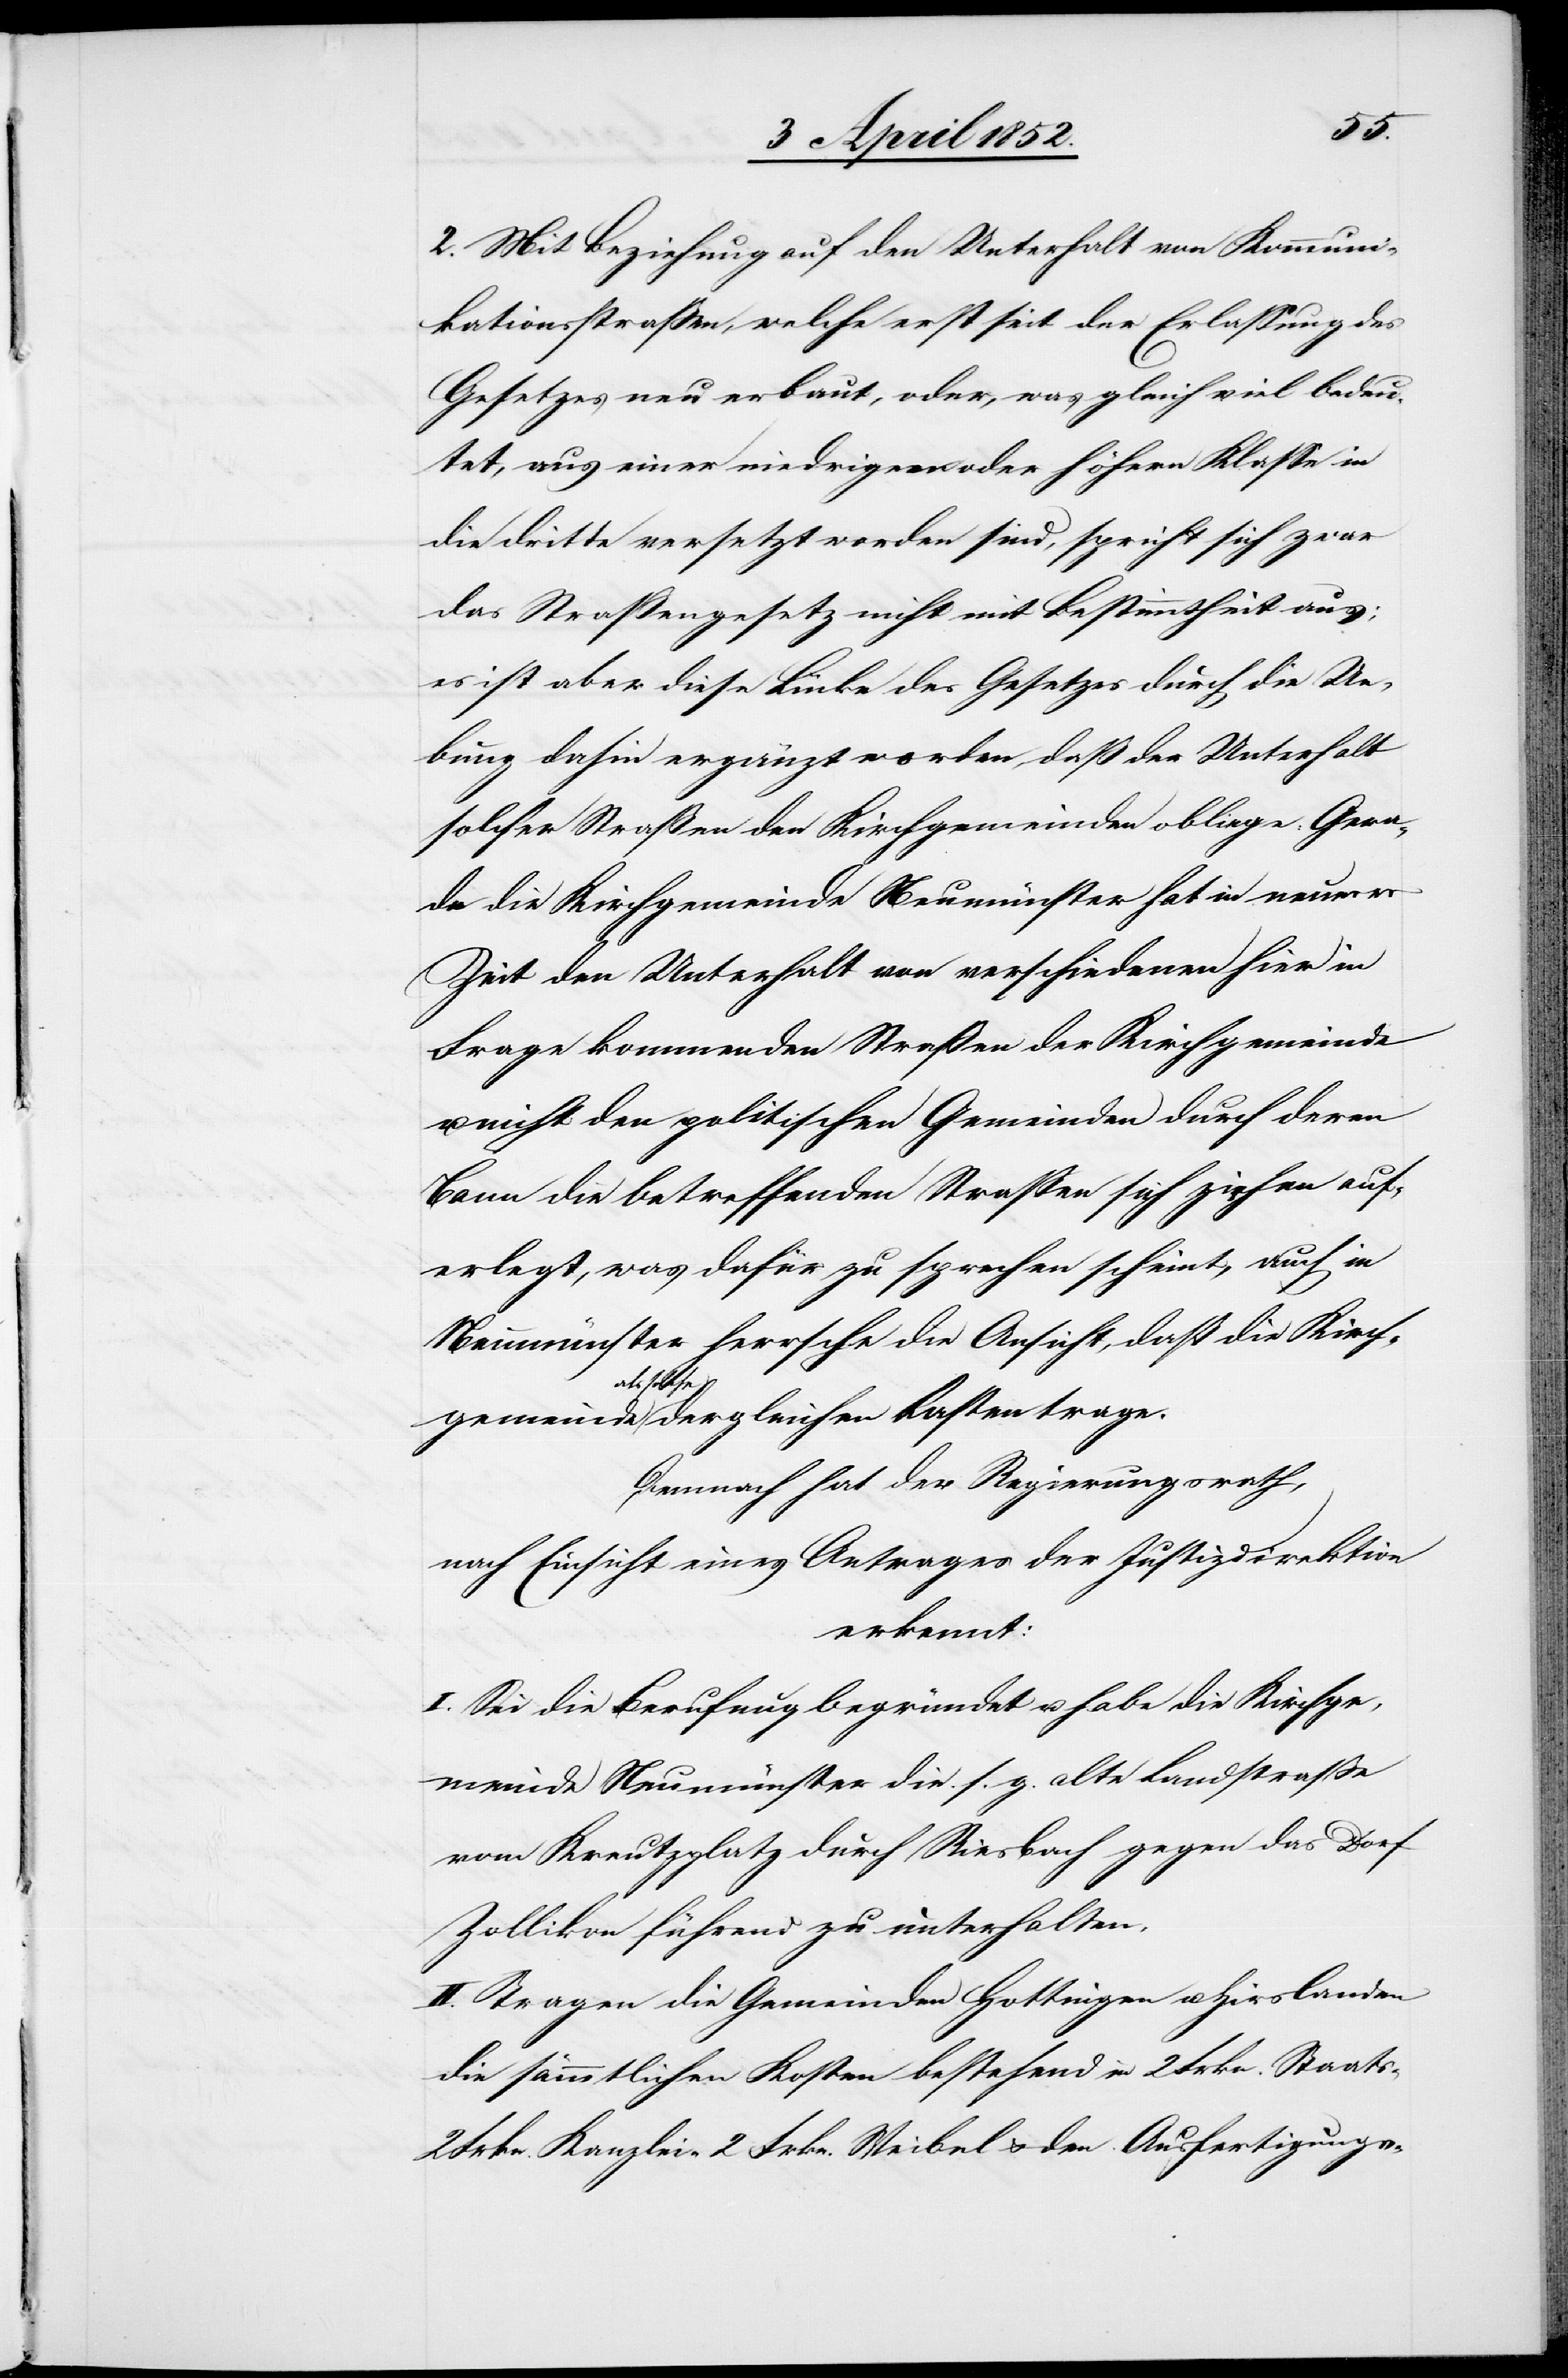
2. Mit Beziehung auf den Unterhalt von Kommuni¬
kationsstrassen, welche erst seit der Erlassung des
Gesetzes neu erbaut, oder, was gleich viel bedeu¬
tet, aus einer niedrigern oder höhern Klasse in
die dritte versetzt worden sind, spricht sich zwar
das Straßengesetz nicht mit Bestimmtheit aus;
es ist aber diese Lücke des Gesetzes durch die Ue¬
bung dahin ergänzt worden, daß der Unterhalt
solcher Straßen den Kirchgemeinden obliege: Gera¬
de die Kirchgemeinde Neumünster hat in neuerer
Zeit den Unterhalt von verschiedenen hier in
Frage kommenden Straßen der Kirchgemeinde
nicht den politischen Gemeinden durch deren
Bann die betreffenden Strassen sich ziehen auf¬
erlegt, was dafür zu sprechen scheint, auch in
Neumünster herrsche die Ansicht, daß die Kirch¬
als solch¬
e dergleichen Lasten trage.
Demnach hat der Regierungsrath,
nach Einsicht eines Antrages der Justizdirektion
erkennt:
I. Sei die Berufung begründet u. habe die Kirchge¬
meinde Neumünster die s. g. alte Landstrasse
vom Kreutzplatz durch Riesbach gegen das Dorf
Zollikon führend zu unterhalten.
II. Tragen die Gemeinden Hottingen u. Hirslanden
die sämmtlichen Kosten bestehend in 2 Frkn. Staats-[,]
2 Frkn. Kanzlei-[,] 2 Frkn. Weibel[-] & den Ausfertigungs-